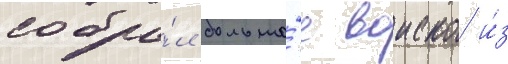
собра́л большо́е воиско и́з